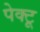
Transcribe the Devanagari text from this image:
पेक्टू